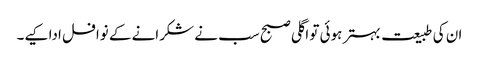
ان کی طبیعت بہتر ہوئی تو اگلی صبح سب نے شکرانے کے نوافل ادا کیے۔